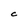
Character: C